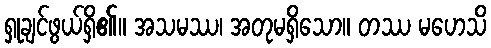
ရှုချင်ဖွယ်ရှိ၏။ အသမဿ၊ အတုမရှိသော။ တဿ မဟေသိ